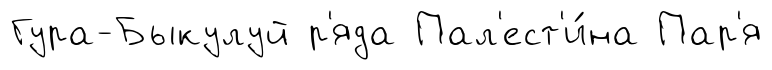
Гура-Быкулуй р'яда Пал'ест'и́на Пар'я